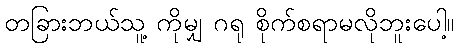
တခြားဘယ်သူ့ ကိုမျှ ဂရု စိုက်စရာမလိုဘူးပေါ့။